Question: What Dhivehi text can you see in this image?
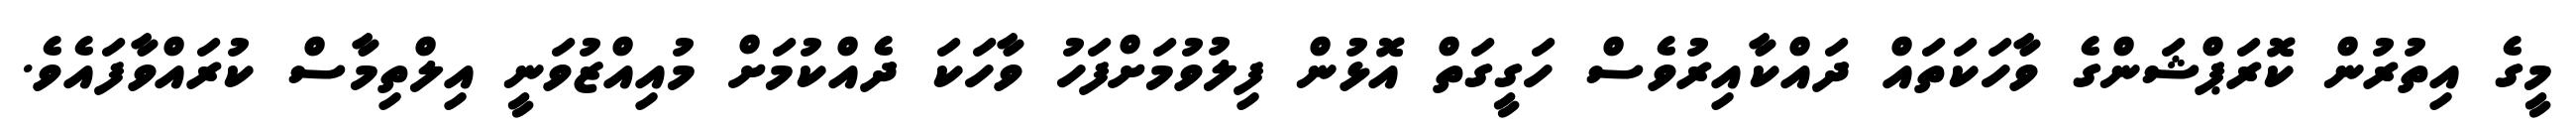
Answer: މީގެ އިތުރުން ކޮރަޕްޝަންގެ ވާހަކަތައް ދައްކާއިރުވެސް ހަގީގަތް އޮޅުން ފިލުވުމަށްފަހު ވާހަކަ ދެއްކުމަށް މުއިއްޒުވަނީ އިލްތިމާސް ކުރައްވާފައެވެ.